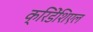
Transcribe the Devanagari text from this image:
क्रिडेंशिएल